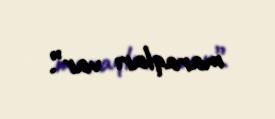
maraqları var”.